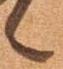
候